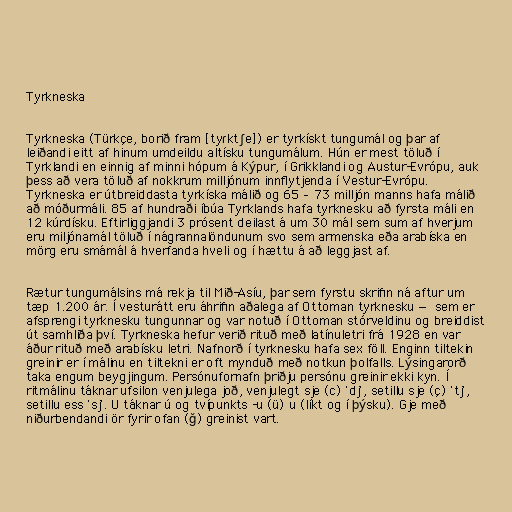
Tyrkneska

Tyrkneska (Türkçe, borið fram [tyɾktʃe]) er tyrkískt tungumál og þar af
leiðandi eitt af hinum umdeildu altísku tungumálum. Hún er mest töluð í
Tyrklandi en einnig af minni hópum á Kýpur, í Grikklandi og Austur-Evrópu, auk
þess að vera töluð af nokkrum milljónum innflytjenda í Vestur-Evrópu.
Tyrkneska er útbreiddasta tyrkíska málið og 65 – 73 milljón manns hafa málið
að móðurmáli. 85 af hundraði íbúa Tyrklands hafa tyrknesku að fyrsta máli en
12 kúrdísku. Eftirliggjandi 3 prósent deilast á um 30 mál sem sum af hverjum
eru miljónamál töluð í nágrannalöndunum svo sem armenska eða arabíska en
mörg eru smámál á hverfanda hveli og í hættu á að leggjast af.

Rætur tungumálsins má rekja til Mið-Asíu, þar sem fyrstu skrifin ná aftur um
tæp 1.200 ár. Í vesturátt eru áhrifin aðalega af Ottoman tyrknesku — sem er
afsprengi tyrknesku tungunnar og var notuð í Ottoman stórveldinu og breiddist
út samhliða því. Tyrkneska hefur verið rituð með latínuletri frá 1928 en var
áður rituð með arabísku letri. Nafnorð í tyrknesku hafa sex föll. Enginn tiltekin
greinir er í málinu en tiltekni er oft mynduð með notkun þolfalls. Lýsingarorð
taka engum beygjingum. Persónufornafn þriðju persónu greinir ekki kyn. Í
ritmálinu táknar ufsilon venjulega joð, venjulegt sje (c) 'dj', setillu sje (ç) 'tj',
setillu ess 'sj'. U táknar ú og tvípunkts -u (ü) u (líkt og í þýsku). Gje með
niðurbendandi ör fyrir ofan (ğ) greinist vart.